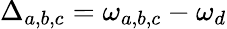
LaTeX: \Delta_{a,b,c}=\omega_{a,b,c}-\omega_{d}